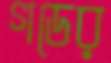
গডের